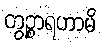
တွဉ္စာရဟာမိ